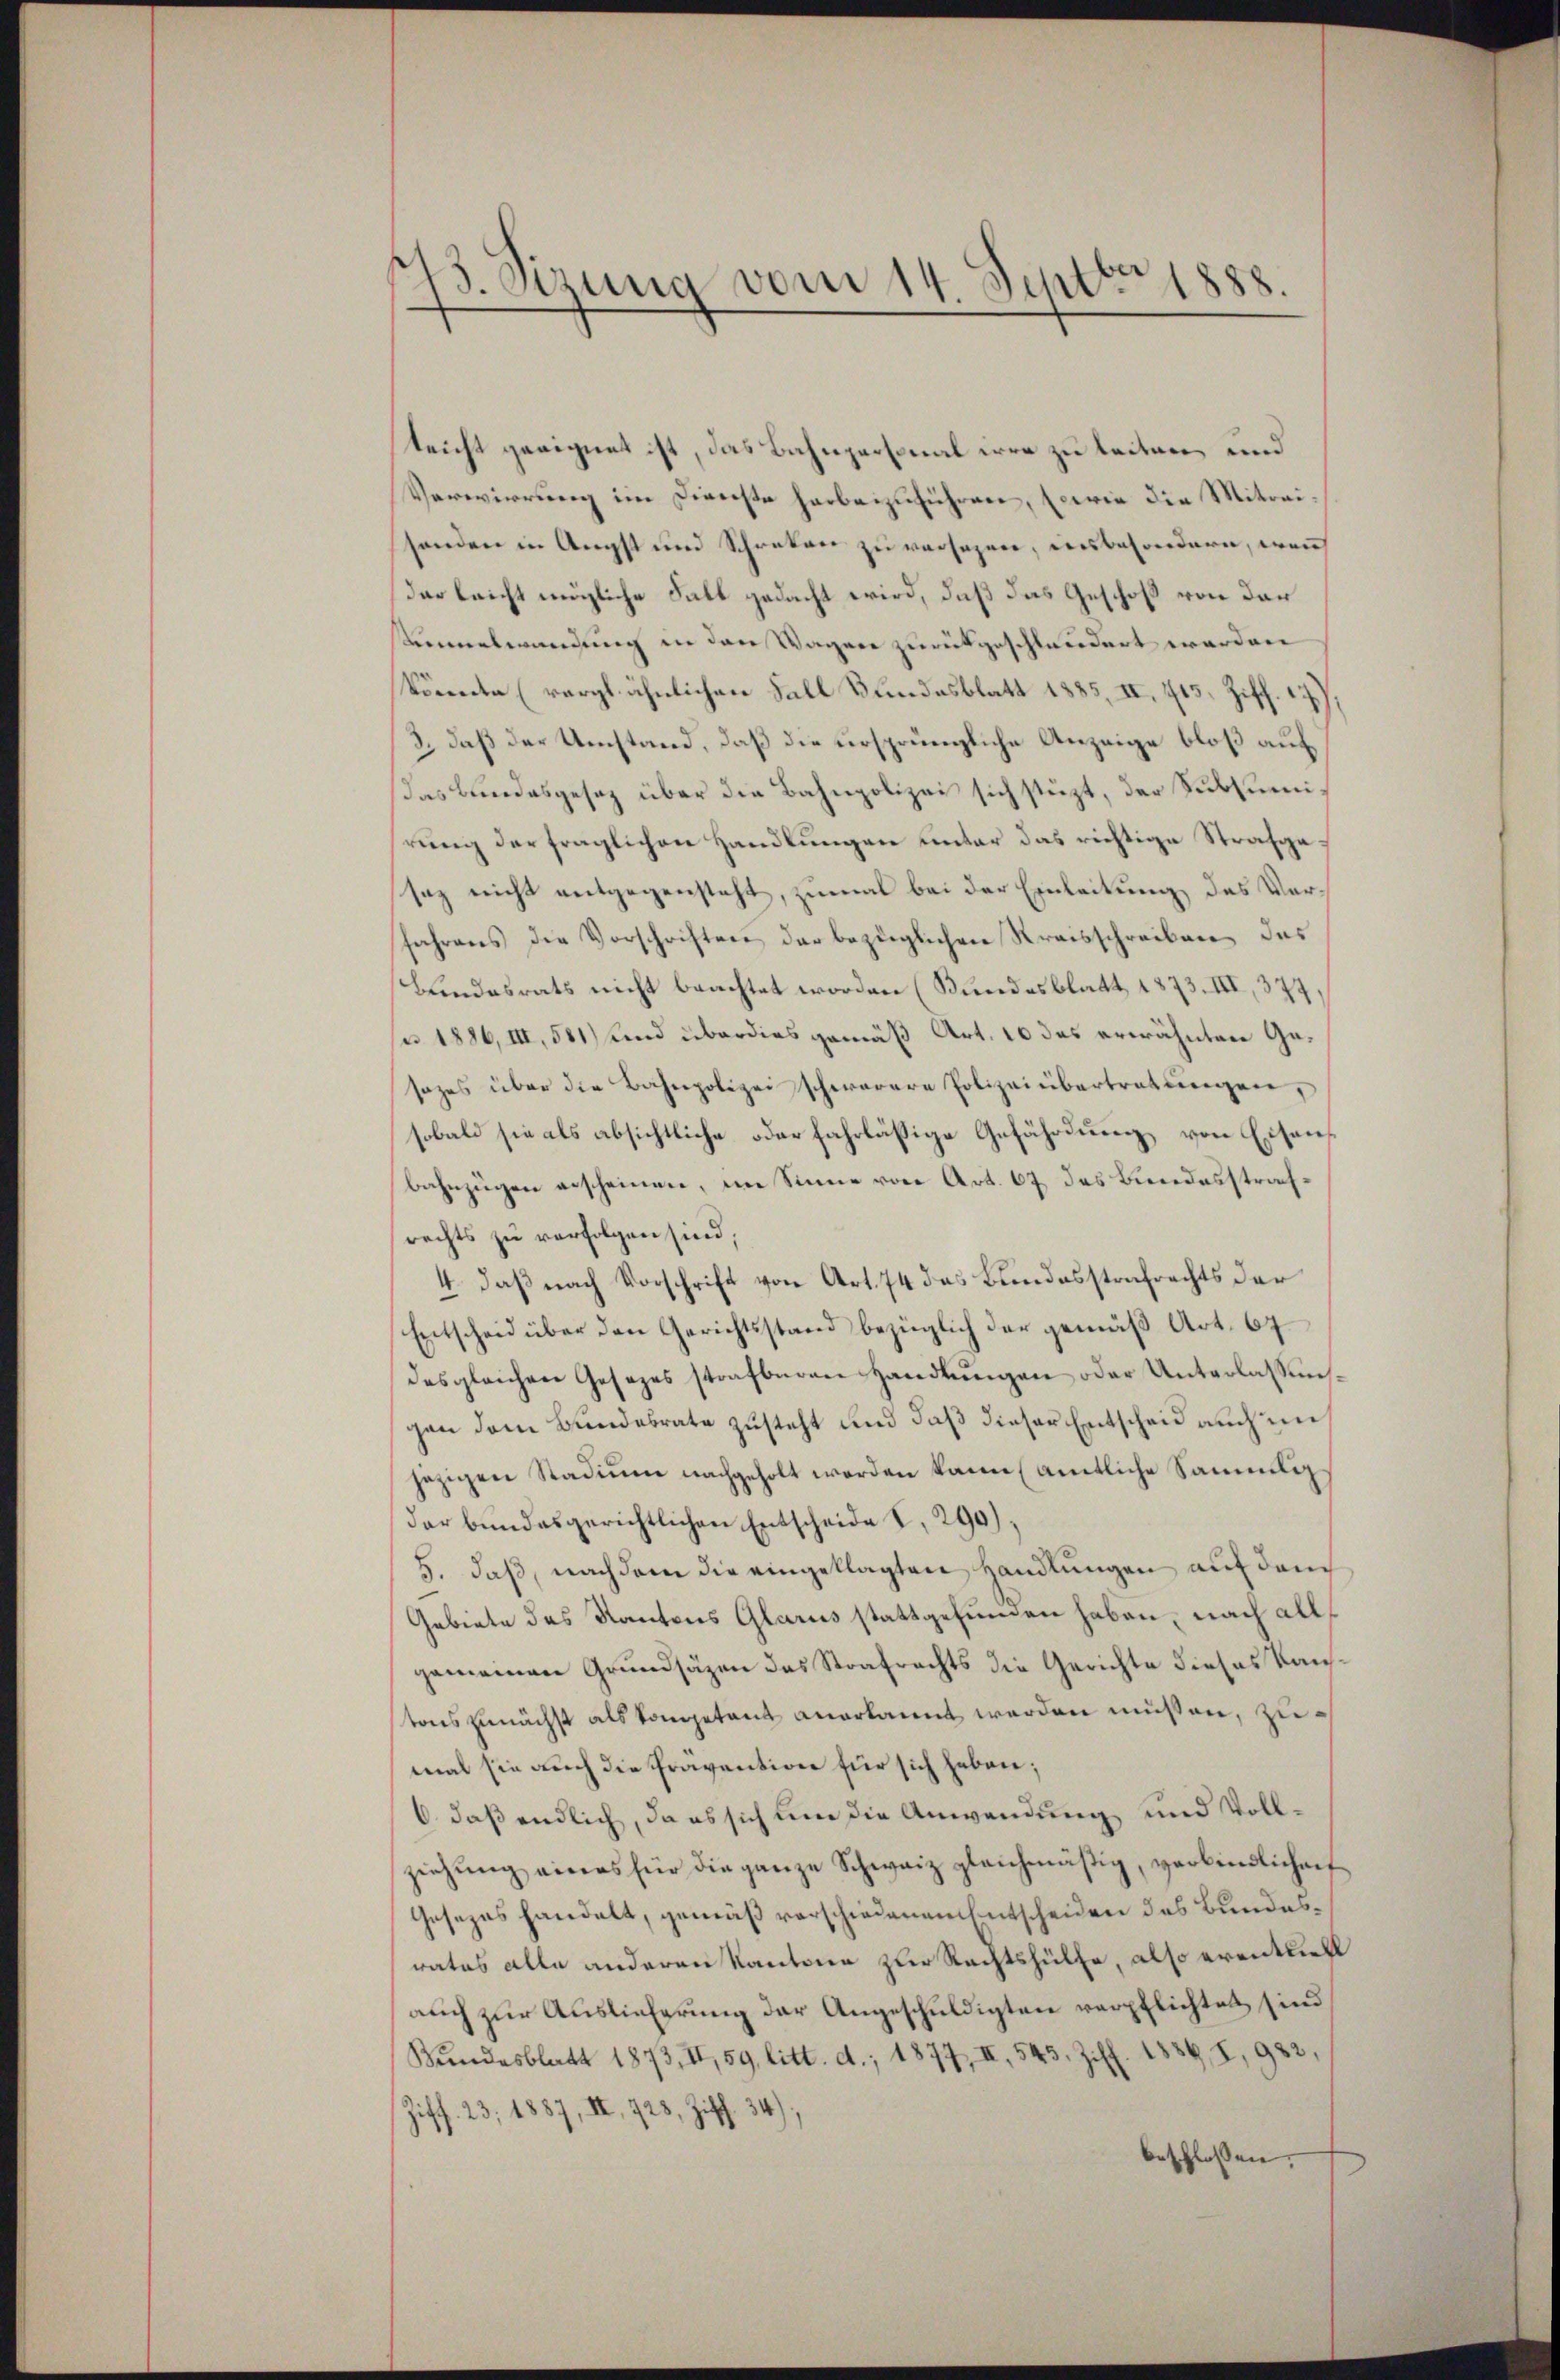
13. Sizung vom 14. Septbr.
1888.

leicht geeignet ist, das Bahnpersonal irre zu leiten, und
Verwirrung im Dienste herbeizuführen, sowie die Mitreisenden in Angst und Schreken zu versagen, insbesondern, wenn
darleicht mögliche Fall gedacht wird, daß das Geschoß von der
Linnerwendung in den Wagen zurückgeschlaudert worden
könnten (vergl. ähnlichen Fall Bundesblatt 1885, II. 745, Ziff.
3.) daß der Umstand, daß die ursprüngliche Anzeige bloß auf
Das Bundesgesetz über die Bahnpolizei sich stüzt, der Subsumirung der fraglichen Handlungen unter das richtige Strafgesaz nicht entgegensteht, zumal bei der Einleitung des Verfahrens die Vorschriften der bezüglichen Kreisschreiben, das
Bundesrats nicht beachtet worden (Bundesblatt 1873. III, 377
u 1886, III, 581) und überdies gemäß Art. 10 das erwähnten Gesezes über die Bahnpolizei schwerere Polizeiübertretŭngen,
sobald sie als absichtliche oder fahrläßige Gefährdung von Eisenbahnzügen erscheinen, im Sinne von Art. 67 das Bundesstrafrechts zu verfolgen sind;
4. daß nach Vorschrift von Art. 74 das Bundesstrafrechts der
Entscheid über den Gerichtsstand bezüglich der gemäß Art. 67
desgleichen Gesezes strafbaren Handlungen oder Unterlassunggen dem Bundesrate zusteht und daß dieser Entscheid auch im
jezigen Stadium nachgeholt werden kann amtliche Sammlig
der bundesgerichtlichen Entscheide S, 290),
5. daß, nachdem die eingeklagten Handlungen auf dem
Gebiete des Kantons Glarus stattgefunden haben, nach allgemeinen Grundsätzen das Strafrechts die Gerichte dieses Kauftons zunächst als kompetent anerkannt werden müssen, zumal sie auch die Pravention für sich heben;
6 daß endlich, da es sich um die Anwendung und Vollziehung eines für die ganze Schweiz gleichmäßig, verbindlichenf
Gesezes handelt, gemäß verschiedenen Entscheiden des Bundesrates alle anderen Kantone zur Rechtshülfe, also erentiell
auch zur Auslieferung der Angeschuldigten verpflichtet sind
Bundesblatt 1873, II, 59 litt. d. 1877, II, 543. Ziff. 1886, 7, 982,
Ziff. 23, 1887, II, 728, Ziff. 34).
beschlossen: